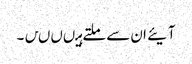
آیئے ان سے ملتے ہیںںںں۔